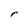
Character: r